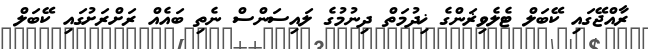
ރާއްޖޭގައި ކޭބަލް ޓެލެވިޜަންގެ ޚިދުމަތް ދިނުމުގެ ލައިސަންސް ނެތި ބައެއް ރަށްރަށުގައި ކޭބަލް